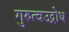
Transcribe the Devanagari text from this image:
गुरुत्वउद्रोध